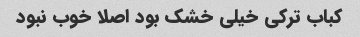
کباب ترکی خیلی خشک بود اصلا خوب نبود